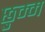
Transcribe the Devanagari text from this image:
छुम्म